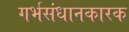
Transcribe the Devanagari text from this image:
गर्भसंधानकारक